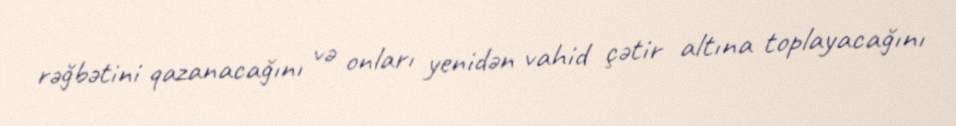
rəğbətini qazanacağını və onları yenidən vahid çətir altına toplayacağını